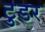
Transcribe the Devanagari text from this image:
टुडर